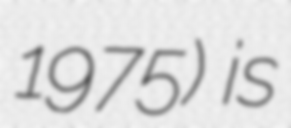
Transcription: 1975) is